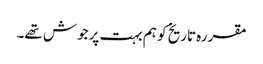
مقررہ تاریخ کو ہم بہت پرجوش تھے۔